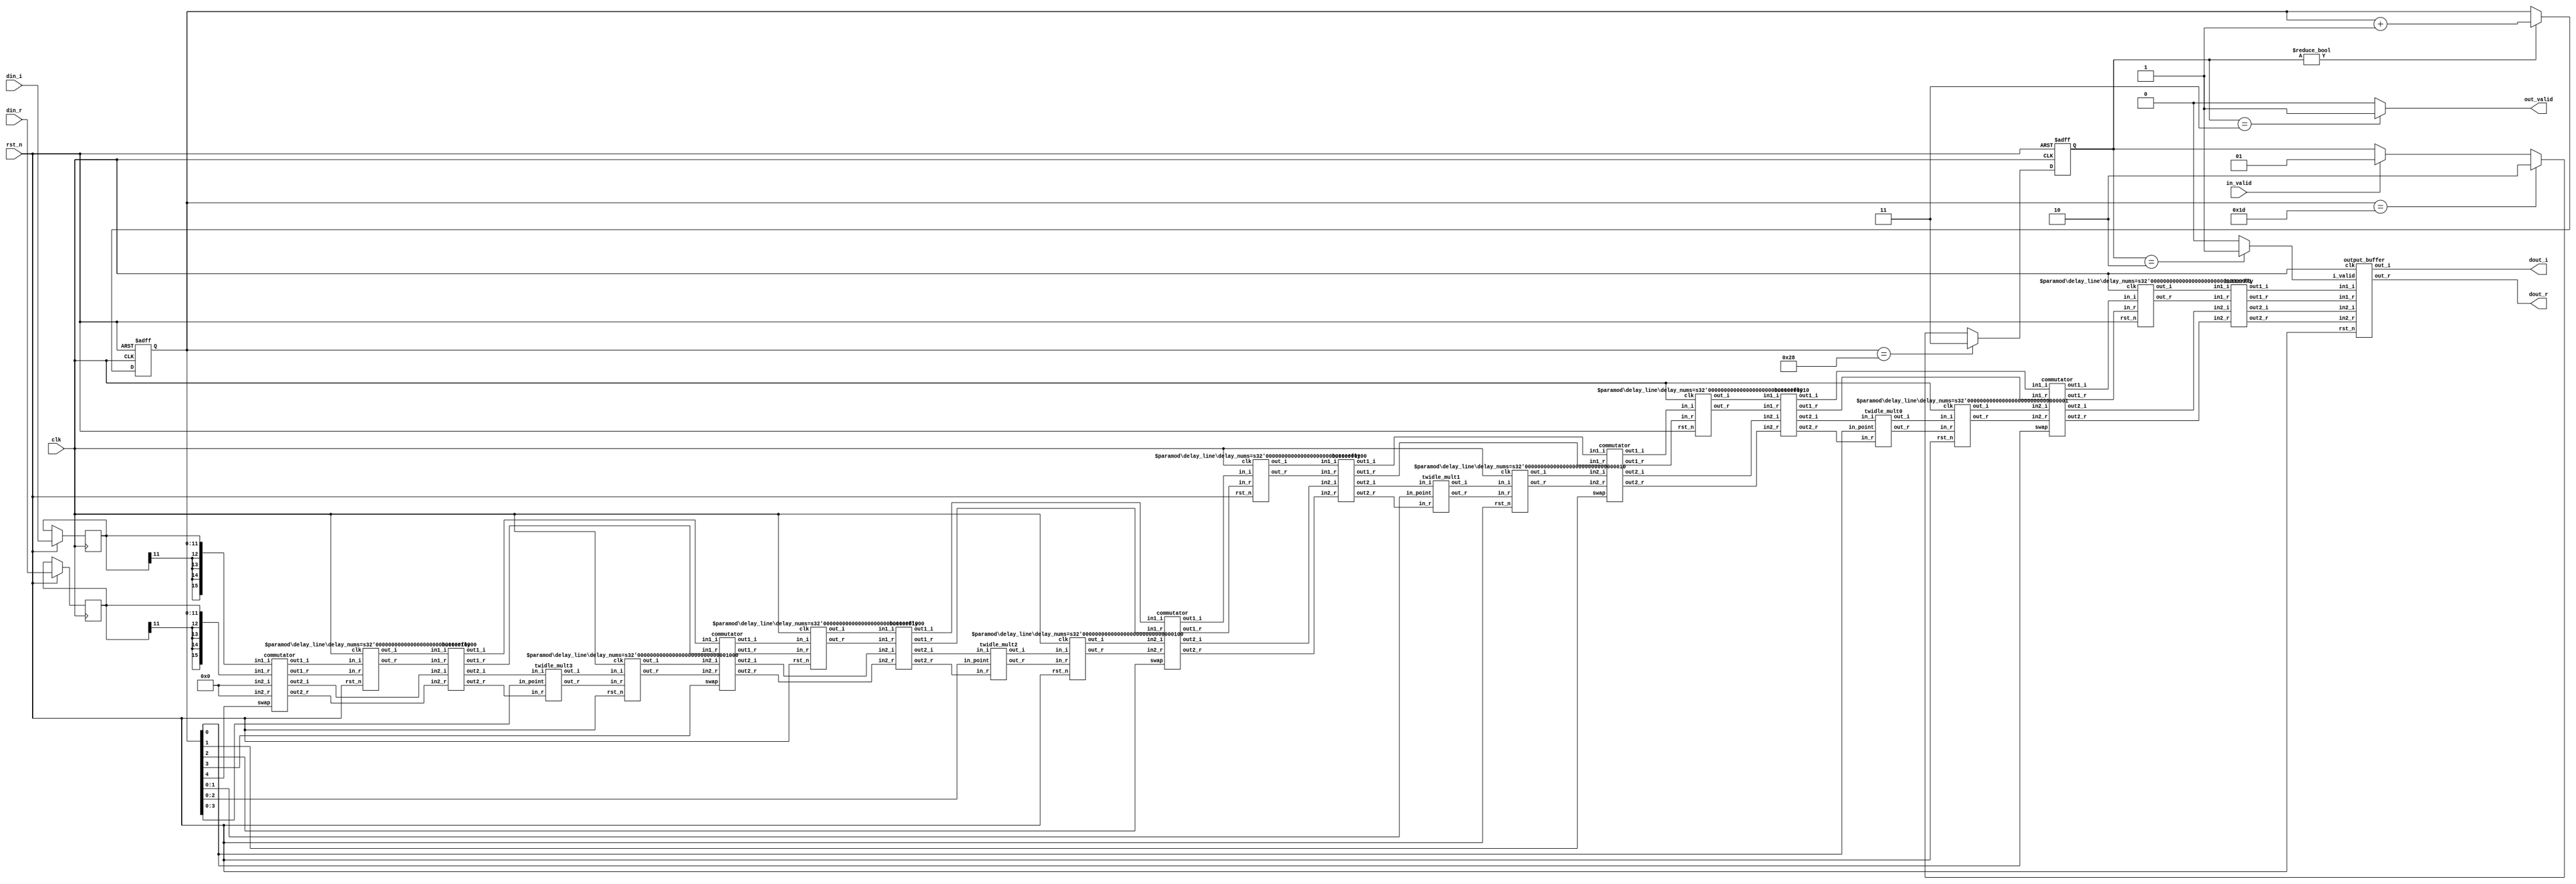

// multi path delay commutator FFT (top module)
module FFT(
    clk,
    rst_n,
    in_valid,
    din_r,
    din_i,
    out_valid,
    dout_r,
    dout_i
);

parameter n_points = 32;
parameter n_levels = $clog2(n_points);

parameter S_IDLE = 0;
parameter S_START = 1;
parameter S_BUFFER = 2;
parameter S_DONE = 3;

input clk;
input rst_n;
input in_valid;
input signed [11:0] din_r;
input signed [11:0] din_i;
output out_valid;
output signed [15:0] dout_r;
output signed [15:0] dout_i;

// registers
reg [n_levels:0] counter_r, counter_w;
reg signed [11:0] din_r_r;
reg signed [11:0] din_i_r;
reg [1:0] state_r, state_w;

// commutator wires
wire signed [15:0] commut_in_top_r [0:n_levels-1];
wire signed [15:0] commut_in_top_i [0:n_levels-1];
wire signed [15:0] commut_out_top_r [0:n_levels-1];
wire signed [15:0] commut_out_top_i [0:n_levels-1];

wire signed [15:0] commut_in_bottom_r [0:n_levels-1];
wire signed [15:0] commut_in_bottom_i [0:n_levels-1];
wire signed [15:0] commut_out_bottom_r [0:n_levels-1];
wire signed [15:0] commut_out_bottom_i [0:n_levels-1];

// butterfly wires
wire signed [15:0] butterfly_in_top_r [0:n_levels-1];
wire signed [15:0] butterfly_in_top_i [0:n_levels-1];

wire signed [15:0] butterfly_out_bottom_r [0:n_levels-1];
wire signed [15:0] butterfly_out_bottom_i [0:n_levels-1];

// mult wires
wire signed [15:0] twiddle_mult_out_r [0:n_levels-2];
wire signed [15:0] twiddle_mult_out_i [0:n_levels-2];

// output buffer wires
wire signed [15:0] buff_out1_r, buff_out1_i, buff_out2_r, buff_out2_i;

// control wires
wire swap [0:n_levels-1];
wire buffer_valid;

assign out_valid = (state_r == S_DONE) ? 1 : 0;
assign buffer_valid = (state_r == S_BUFFER) ? 1 : 0;

// commutator(in1_r, in1_i, in2_r, in2_i, out1_r, out1_i, out2_r, out2_i, swap)
commutator commutator_level4({{4{din_r_r[11]}},din_r_r}, {{4{din_i_r[11]}},din_i_r}, 16'b0, 16'b0, 
    commut_out_top_r[4], commut_out_top_i[4], commut_out_bottom_r[4], commut_out_bottom_i[4], swap[4]);
commutator commutator_level3(commut_in_top_r[3], commut_in_top_i[3], commut_in_bottom_r[3], commut_in_bottom_i[3], 
    commut_out_top_r[3], commut_out_top_i[3], commut_out_bottom_r[3], commut_out_bottom_i[3], swap[3]);
commutator commutator_level2(commut_in_top_r[2], commut_in_top_i[2], commut_in_bottom_r[2], commut_in_bottom_i[2], 
    commut_out_top_r[2], commut_out_top_i[2], commut_out_bottom_r[2], commut_out_bottom_i[2], swap[2]);
commutator commutator_level1(commut_in_top_r[1], commut_in_top_i[1], commut_in_bottom_r[1], commut_in_bottom_i[1], 
    commut_out_top_r[1], commut_out_top_i[1], commut_out_bottom_r[1], commut_out_bottom_i[1], swap[1]);
commutator commutator_level0(commut_in_top_r[0], commut_in_top_i[0], commut_in_bottom_r[0], commut_in_bottom_i[0], 
    commut_out_top_r[0], commut_out_top_i[0], commut_out_bottom_r[0], commut_out_bottom_i[0], swap[0]);

// delay_line(clk, rst_n, in_r, in_i, out_r, out_i);
delay_line #(.delay_nums(16)) delay_top_level4(clk, rst_n, commut_out_top_r[4], commut_out_top_i[4], butterfly_in_top_r[4], butterfly_in_top_i[4]);
delay_line #(.delay_nums(8)) delay_top_level3(clk, rst_n, commut_out_top_r[3], commut_out_top_i[3], butterfly_in_top_r[3], butterfly_in_top_i[3]);
delay_line #(.delay_nums(4)) delay_top_level2(clk, rst_n, commut_out_top_r[2], commut_out_top_i[2], butterfly_in_top_r[2], butterfly_in_top_i[2]);
delay_line #(.delay_nums(2)) delay_top_level1(clk, rst_n, commut_out_top_r[1], commut_out_top_i[1], butterfly_in_top_r[1], butterfly_in_top_i[1]);
delay_line #(.delay_nums(1)) delay_top_level0(clk, rst_n, commut_out_top_r[0], commut_out_top_i[0], butterfly_in_top_r[0], butterfly_in_top_i[0]);

delay_line #(.delay_nums(8)) delay_bottom_level3(clk, rst_n, twiddle_mult_out_r[3], twiddle_mult_out_i[3], commut_in_bottom_r[3], commut_in_bottom_i[3]);
delay_line #(.delay_nums(4)) delay_bottom_level2(clk, rst_n, twiddle_mult_out_r[2], twiddle_mult_out_i[2], commut_in_bottom_r[2], commut_in_bottom_i[2]);
delay_line #(.delay_nums(2)) delay_bottom_level1(clk, rst_n, twiddle_mult_out_r[1], twiddle_mult_out_i[1], commut_in_bottom_r[1], commut_in_bottom_i[1]);
delay_line #(.delay_nums(1)) delay_bottom_level0(clk, rst_n, twiddle_mult_out_r[0], twiddle_mult_out_i[0], commut_in_bottom_r[0], commut_in_bottom_i[0]);

// module butterfly(in1_r, in1_i, in2_r, in2_i, out1_r, out1_i, out2_r, out2_i)
butterfly butterfly_level4(butterfly_in_top_r[4], butterfly_in_top_i[4], commut_out_bottom_r[4], commut_out_bottom_i[4],
    commut_in_top_r[3], commut_in_top_i[3], butterfly_out_bottom_r[4], butterfly_out_bottom_i[4]);
butterfly butterfly_level3(butterfly_in_top_r[3], butterfly_in_top_i[3], commut_out_bottom_r[3], commut_out_bottom_i[3],
    commut_in_top_r[2], commut_in_top_i[2], butterfly_out_bottom_r[3], butterfly_out_bottom_i[3]);
butterfly butterfly_level2(butterfly_in_top_r[2], butterfly_in_top_i[2], commut_out_bottom_r[2], commut_out_bottom_i[2],
    commut_in_top_r[1], commut_in_top_i[1], butterfly_out_bottom_r[2], butterfly_out_bottom_i[2]);
butterfly butterfly_level1(butterfly_in_top_r[1], butterfly_in_top_i[1], commut_out_bottom_r[1], commut_out_bottom_i[1],
    commut_in_top_r[0], commut_in_top_i[0], butterfly_out_bottom_r[1], butterfly_out_bottom_i[1]);
butterfly butterfly_level0(butterfly_in_top_r[0], butterfly_in_top_i[0], commut_out_bottom_r[0], commut_out_bottom_i[0],
    buff_out1_r, buff_out1_i, buff_out2_r,buff_out2_i);

// module output_buffer(clk, rst_n in1_r, in1_i, in2_r, in2_i, i_valid, out_r, out_i)
output_buffer output_buffer_0(clk, rst_n, buff_out1_r, buff_out1_i, buff_out2_r, buff_out2_i, buffer_valid, dout_r, dout_i);

// module twidle_mult(in_point, in_r,in_i,out_r,out_i);
twidle_mult3 twidle_mult3_0(counter_r[3:0], butterfly_out_bottom_r[4], butterfly_out_bottom_i[4], twiddle_mult_out_r[3], twiddle_mult_out_i[3]);
twidle_mult2 twidle_mult2_0(counter_r[2:0], butterfly_out_bottom_r[3], butterfly_out_bottom_i[3], twiddle_mult_out_r[2], twiddle_mult_out_i[2]);
twidle_mult1 twidle_mult1_0(counter_r[1:0], butterfly_out_bottom_r[2], butterfly_out_bottom_i[2], twiddle_mult_out_r[1], twiddle_mult_out_i[1]);
twidle_mult0 twidle_mult0_0(counter_r[0], butterfly_out_bottom_r[1], butterfly_out_bottom_i[1], twiddle_mult_out_r[0], twiddle_mult_out_i[0]);

assign swap[4] = counter_r[4]; 
assign swap[3] = counter_r[3]; 
assign swap[2] = counter_r[2]; 
assign swap[1] = counter_r[1]; 
assign swap[0] = counter_r[0]; 

always@(*) begin
    state_w = state_r;
    counter_w = counter_r;
    if(state_r != S_IDLE)
        counter_w = counter_r + 1;
    if(in_valid == 1)
        state_w = S_START;
    if(counter_r == 29)
        state_w = S_BUFFER;
    if(counter_r == 40)
        state_w = S_DONE;
end

always@(posedge clk or negedge rst_n) begin
    if(!rst_n) begin
        counter_r <= 0;
        state_r <= S_IDLE;
    end
    else begin
        counter_r <= counter_w;
        din_r_r <= din_r;
        din_i_r <= din_i;
        state_r <= state_w;
    end
end

endmodule

// delay line module
module delay_line(
    clk,
    rst_n,
    in_r,
    in_i,
    out_r,
    out_i
);

parameter data_bits = 16;
parameter delay_nums = 4;

input clk, rst_n;
input signed [data_bits-1:0] in_r, in_i;
output signed [data_bits-1:0] out_r, out_i;

reg signed [data_bits-1:0] buffers_r [0:delay_nums-1], buffers_i [0:delay_nums-1];
integer i;

assign out_r = buffers_r[delay_nums-1];
assign out_i = buffers_i[delay_nums-1];

always@(posedge clk or negedge rst_n) begin
    if(!rst_n) begin
        for(i=0;i<delay_nums;i=i+1)
            buffers_r[i] <= 0;
        for(i=0;i<delay_nums;i=i+1)
            buffers_i[i] <= 0;
    end
    else begin
        buffers_r[0] <= in_r;
        buffers_i[0] <= in_i;
        for(i=1;i<delay_nums;i=i+1)
            buffers_r[i] <= buffers_r[i-1];
        for(i=1;i<delay_nums;i=i+1)
            buffers_i[i] <= buffers_i[i-1];
    end
end

endmodule

// commutator module
module commutator(
    in1_r,
    in1_i,
    in2_r,
    in2_i,
    out1_r,
    out1_i,
    out2_r,
    out2_i,
    swap
);

parameter data_bits = 16;

input swap;
input signed [data_bits-1:0] in1_r, in1_i, in2_r, in2_i;
output signed [data_bits-1:0] out1_r, out1_i, out2_r, out2_i;

assign out1_r = (swap == 1) ? in2_r : in1_r;
assign out1_i = (swap == 1) ? in2_i : in1_i;
assign out2_r = (swap == 1) ? in1_r : in2_r;
assign out2_i = (swap == 1) ? in1_i : in2_i;

endmodule

// radix 2 butterfly
module butterfly(
    in1_r,
    in1_i,
    in2_r,
    in2_i,
    out1_r,
    out1_i,
    out2_r,
    out2_i
);

parameter data_bits = 16;

input signed [data_bits-1:0] in1_r, in1_i, in2_r, in2_i;
output signed [data_bits-1:0] out1_r, out1_i, out2_r, out2_i;

assign out1_r = in1_r + in2_r;
assign out1_i = in1_i + in2_i;
assign out2_r = in1_r - in2_r;
assign out2_i = in1_i - in2_i;

endmodule

// twidle multiplier level 1 (degree: 0, 90)
module twidle_mult0(
    in_point,
    in_r,
    in_i,
    out_r,
    out_i
);

parameter data_bits = 16;


input in_point;
input signed [data_bits-1:0] in_r, in_i;
output reg signed [data_bits-1:0] out_r, out_i;

always@(*) begin
    case(in_point)
        0: // 0
        begin
            out_r = in_r;
            out_i = in_i;
        end
        1: // 90
        begin
            out_r = in_i;
            out_i = -in_r;
        end
    endcase
end
endmodule

// twidle multiplier level 2 (degree: 0, 45, 90, 135)
// 1/2 + 1/8 + 1/16 = 0.6875
// 1/2 + 1/8 + 1/16 + 1/128 = 0.6953
module twidle_mult1(
    in_point,
    in_r,
    in_i,
    out_r,
    out_i
);

parameter data_bits = 16;

input [1:0] in_point;
input signed [data_bits-1:0] in_r, in_i;
output reg signed [data_bits-1:0] out_r, out_i;


always@(*) begin
    case(in_point)
        0: // 0
        begin   
            out_r = in_r;
            out_i = in_i;
        end
        1: // 45
        begin
            out_r =  in_r - (in_r >>> 2) - (in_r >>> 4) + (in_r >>> 6) + (in_r >>> 8)
                + in_i - (in_i >>> 2) - (in_i >>> 4) + (in_i >>> 6) + (in_i >>> 8) ;
            out_i = - in_r + (in_r >>> 2) + (in_r >>> 4) - (in_r >>> 6) - (in_r >>> 8) 
                + in_i - (in_i >>> 2) - (in_i >>> 4) + (in_i >>> 6) + (in_i >>> 8);
        end
        2: // 90
        begin
            out_r = in_i;
            out_i = -in_r;
        end
        3: // 135
        begin
            out_r = - in_r + (in_r >>> 2) + (in_r >>> 4) - (in_r >>> 6) - (in_r >>> 8) 
                + in_i - (in_i >>> 2) - (in_i >>> 4) + (in_i >>> 6) + (in_i >>> 8);
            out_i = - (in_r >>> 1) - (in_r >>> 2) + (in_r >>> 4) - (in_r >>> 6) - (in_r >>> 8)
                - in_i + (in_i >>> 2) + (in_i >>> 4) - (in_i >>> 6) - (in_i >>> 8);
        end
    endcase
end

endmodule

// twidle multiplier level 3 (degree: 0, 22.5, 45, 67.5, 90, 112.5, 135, 157.5)
// rotate 21.8014 degree, 
// [ 5 -2 ] [a] = [a']
// [ 2  5 ] [b] = [b']
// 1/8 + 1/32 = 0.1563
// 1/8 + 1/32 + 1/64 = 0.1719
// a' = (4 + 1) * a * (1/8 + 1/32) + (-2) * b * (1/8 + 1/32)
module twidle_mult2(
    in_point,
    in_r,
    in_i,
    out_r,
    out_i
);

parameter data_bits = 16;

input [2:0] in_point;
input signed [data_bits-1:0] in_r, in_i;
output reg signed [data_bits-1:0] out_r, out_i;


always@(*) begin
    case(in_point)
        0: // 0
        begin
            out_r = in_r;
            out_i = in_i;
        end
        1: // 22.5
        begin
            out_r = in_r - (in_r >>> 4) - (in_r >>> 6) + (in_i >>> 1) - (in_i >>> 3);
            out_i = - (in_r >>> 1) + (in_r >>> 3) + in_i - (in_i >>> 4) - (in_i >>> 6);
        end
        2: // 45
        begin
            out_r =  in_r - (in_r >>> 2) - (in_r >>> 4) + (in_r >>> 6) 
                + in_i - (in_i >>> 2) - (in_i >>> 4) + (in_i >>> 6) ;
            out_i = - in_r + (in_r >>> 2) + (in_r >>> 4) - (in_r >>> 6) 
                + in_i - (in_i >>> 2) - (in_i >>> 4) + (in_i >>> 6) ;
        end
        3: // 67.5
        begin
            out_r = (in_r >>> 1) - (in_r >>> 3) + in_i - (in_i >>> 4) - (in_i >>> 6);
            out_i = -in_r + (in_r >>> 4) + (in_r >>> 6) + (in_i >>> 1) - (in_i >>> 3);
        end
        4: // 90
        begin
            out_r = in_i;
            out_i = -in_r;
        end
        5: // 112.5
        begin
            out_r = -(in_r >>> 1) + (in_r >>> 3) + in_i - (in_i >>> 4) - (in_i >>> 6);
            out_i = -in_r + (in_r >>> 4) + (in_r >>> 6) - (in_i >>> 1) + (in_i >>> 3);
        end
        6: // 135
        begin
            out_r = - in_r + (in_r >>> 2) + (in_r >>> 4) - (in_r >>> 6) 
                + in_i - (in_i >>> 2) - (in_i >>> 4) + (in_i >>> 6) ;
            out_i = - (in_r >>> 1) - (in_r >>> 2) + (in_r >>> 4) - (in_r >>> 6) 
                - in_i + (in_i >>> 2) + (in_i >>> 4) - (in_i >>> 6) ;
        end
        7: // 157.5
        begin
            out_r = -in_r + (in_r >>> 4) + (in_r >>> 6) + (in_i >>> 1) - (in_i >>> 3);
            out_i = - (in_r >>> 1) + (in_r >>> 3) - in_i +  (in_i >>> 4) + (in_i >>> 6);
        end
    endcase
end

endmodule

module twidle_mult3(
    in_point,
    in_r,
    in_i,
    out_r,
    out_i
);

parameter data_bits = 16;

input [3:0] in_point;
input signed [data_bits-1:0] in_r, in_i;
output reg signed [data_bits-1:0] out_r, out_i;


always@(*) begin
    case(in_point)
        0: // 0
        begin
            out_r = in_r;
            out_i = in_i;
        end
        1: // 11.25
        begin
            out_r = in_r - (in_r >>> 6) + (in_i >>> 2) - (in_i >>> 4);
            out_i = - (in_r >>> 2) + (in_r >>> 4) + in_i - (in_i >>> 6);
        end
        2: // 22.5
        begin
            out_r = in_r - (in_r >>> 4) - (in_r >>> 6) + (in_i >>> 1) - (in_i >>> 3);
            out_i = - (in_r >>> 1) + (in_r >>> 3) + in_i - (in_i >>> 4) - (in_i >>> 6);
        end
        3: // 33.75
        begin
            out_r = in_r - (in_r >>> 2) + (in_r >>> 4) + (in_r >>> 6) + (in_i >>> 1) + (in_i >>> 4) - (in_i >>> 6);
            out_i = - (in_r >>> 1) - (in_r >>> 4) + (in_r >>> 6) + in_i - (in_i >>> 2) + (in_i >>> 4) + (in_i >>> 6);
        end
        4: // 45
        begin
            out_r =  in_r - (in_r >>> 2) - (in_r >>> 4) + (in_r >>> 6) 
                + in_i - (in_i >>> 2) - (in_i >>> 4) + (in_i >>> 6) ;
            out_i = - in_r + (in_r >>> 2) + (in_r >>> 4) - (in_r >>> 6) 
                + in_i - (in_i >>> 2) - (in_i >>> 4) + (in_i >>> 6) ;
        end
        5: // 56.25
        begin
            out_r = (in_r >>> 1) + (in_r >>> 4) - (in_r >>> 6) + in_i - (in_i >>> 2) + (in_i >>> 4) ;
            out_i = - in_r + (in_r >>> 2) - (in_r >>> 4) - (in_r >>> 6) + (in_i >>> 1) + (in_i >>> 4) ;
        end
        6: // 67.5
        begin
            out_r = (in_r >>> 1) - (in_r >>> 3) + in_i - (in_i >>> 4) - (in_i >>> 6);
            out_i = -in_r + (in_r >>> 4) + (in_r >>> 6) + (in_i >>> 1) - (in_i >>> 3);
        end
        7: // 78.25
        begin
            out_r =   (in_r >>> 2) - (in_r >>> 4) + in_i - (in_i >>> 5);
            out_i = - in_r + (in_r >>> 5) + (in_i >>> 2) - (in_i >>> 4);
        end
        8: // 90
        begin
            out_r = in_i;
            out_i = -in_r;
        end
        9: // 101.25
        begin
            out_r = - (in_r >>> 2) + (in_r >>> 4) + in_i - (in_i >>> 5);
            out_i = - in_r + (in_r >>> 5) - (in_i >>> 2) + (in_i >>> 4);
        end
        10: // 112.5
        begin
            out_r = -(in_r >>> 1) + (in_r >>> 3) + in_i - (in_i >>> 4) - (in_i >>> 6);
            out_i = -in_r + (in_r >>> 4) + (in_r >>> 6) - (in_i >>> 1) + (in_i >>> 3);
        end
        11: // 123.75
        begin
            out_r = - (in_r >>> 1) - (in_r >>> 4) + (in_r >>> 6) + in_i - (in_i >>> 2) + (in_i >>> 4) + (in_i >>> 6);
            out_i = - in_r + (in_r >>> 2) - (in_r >>> 4) - (in_r >>> 6) - (in_i >>> 1) - (in_i >>> 4) + (in_i >>> 6);
        end
        12: // 135
        begin
            out_r = - in_r + (in_r >>> 2) + (in_r >>> 4) - (in_r >>> 6) 
                + in_i - (in_i >>> 2) - (in_i >>> 4) + (in_i >>> 6) ;
            out_i = - (in_r >>> 1) - (in_r >>> 2) + (in_r >>> 4) - (in_r >>> 6) 
                - in_i + (in_i >>> 2) + (in_i >>> 4) - (in_i >>> 6) ;
        end
        13: // 146.25
        begin
            out_r = - in_r + (in_r >>> 2) - (in_r >>> 4) - (in_r >>> 6) + (in_i >>> 1) + (in_i >>> 4) - (in_i >>> 6);
            out_i = - (in_r >>> 1) - (in_r >>> 4) + (in_r >>> 6) - in_i + (in_i >>> 2) - (in_i >>> 4) - (in_i >>> 6);
        end
        14: // 157.5
        begin
            out_r = -in_r + (in_r >>> 4) + (in_r >>> 6) + (in_i >>> 1) - (in_i >>> 3);
            out_i = - (in_r >>> 1) + (in_r >>> 3) - in_i +  (in_i >>> 4) + (in_i >>> 6);
        end
        15: // 168.75
        begin
            out_r = - in_r + (in_r >>> 5) + (in_i >>> 2) - (in_i >>> 4);
            out_i = - (in_r >>> 2) + (in_r >>> 4) - in_i + (in_i >>> 5);
        end
    endcase
end

endmodule

// output buffering
module output_buffer(
    clk,
    rst_n,
    in1_r,
    in1_i, 
    in2_r, 
    in2_i, 
    i_valid, 
    out_r, 
    out_i
);

parameter data_bits = 16;
parameter n_points = 32;

input clk, rst_n, i_valid;
input signed [data_bits-1:0] in1_r, in1_i, in2_r, in2_i;
output signed [data_bits-1:0] out_r, out_i;

parameter S_IDLE = 0;
parameter S_START = 1;
parameter S_DONE = 2;

integer i;

reg [data_bits-1:0] buffer_r_r [0:n_points-1], buffer_r_w [0:n_points-1];
reg [data_bits-1:0] buffer_i_r [0:n_points-1], buffer_i_w [0:n_points-1];

reg [$clog2(n_points)-1:0] counter_r, counter_w;
reg [$clog2(n_points)-1:0] counter2_r, counter2_w;
reg [$clog2(n_points)-1:0] counter3_r, counter3_w;
reg [$clog2(n_points)-1:0] reverse_w, reverse2_w;
reg [1:0] state_r, state_w;

assign out_r = buffer_r_r[counter3_r];
assign out_i = buffer_i_r[counter3_r];

always@(*) begin
    state_w = state_r;
    counter_w = counter_r;
    counter2_w = counter2_r;
    counter3_w = counter3_r;
    reverse_w = {counter_r[0],counter_r[1],counter_r[2],counter_r[3],counter_r[4]};
    reverse2_w = {counter2_r[0],counter2_r[1],counter2_r[2],counter2_r[3],counter2_r[4]};
    for(i=0;i<n_points;i=i+1) begin
        buffer_r_w[i] = buffer_r_r[i];
        buffer_i_w[i] = buffer_i_r[i];
    end
    if(i_valid == 1)
        state_w = S_START;
    if(state_r == S_START) begin
        counter_w = counter_r + 2;
        counter2_w = counter2_r + 2;
    end
    if(counter2_r == 31)
        state_w = S_DONE;
    if(state_r ==  S_START) begin
        buffer_r_w[reverse_w] = in1_r;
        buffer_i_w[reverse_w] = in1_i;
        buffer_r_w[reverse2_w] = in2_r;
        buffer_i_w[reverse2_w] = in2_i;
    end
    if(state_r != S_IDLE)
        counter3_w = counter3_r + 1;

end

always@(posedge clk or negedge rst_n) begin
    if(!rst_n) begin
        state_r <= S_IDLE;
        counter_r <= 0;
        counter2_r <= 1;
        counter3_r <= 0-10;
    end
    else begin
        state_r <= state_w;
        counter_r <= counter_w;
        counter2_r <= counter2_w;
        counter3_r <= counter3_w;
        for(i=0;i<n_points;i=i+1) begin
            buffer_r_r[i] <= buffer_r_w[i];
            buffer_i_r[i] <= buffer_i_w[i];
        end
    end
end

endmodule